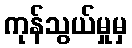
ကုန်သွယ်မှုမှ